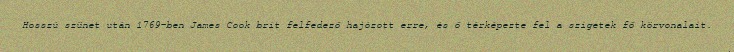
Hosszú szünet után 1769-ben James Cook brit felfedező hajózott erre, és ő térképezte fel a szigetek fő körvonalait.